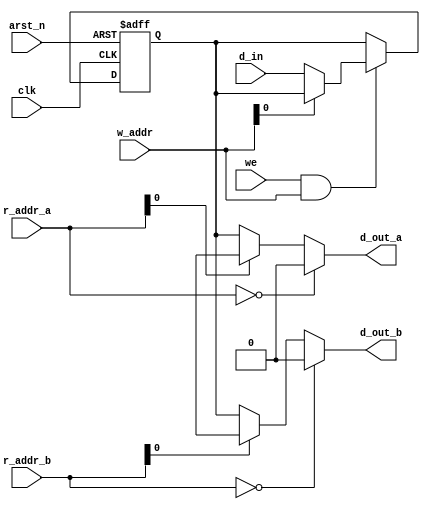
`timescale 1ns/1ps

module reg_file #(parameter REG_WIDTH = 1, NUM_OF_REGS = 1)(d_in, w_addr, clk, we, r_addr_a, d_out_a, r_addr_b, d_out_b, arst_n);

localparam ADDR_WIDTH = $clog2(REG_WIDTH);

input [REG_WIDTH-1:0] d_in;
input [ADDR_WIDTH-1:0] w_addr;
input [ADDR_WIDTH-1:0] r_addr_a;
input [ADDR_WIDTH-1:0] r_addr_b;
input clk, we, arst_n;

output [REG_WIDTH-1:0] d_out_a;
output [REG_WIDTH-1:0] d_out_b;

reg [REG_WIDTH-1:0] regs [NUM_OF_REGS-1:0];

integer i;

assign d_out_a = r_addr_a == 0 ? 0 : regs[r_addr_a];
assign d_out_b = r_addr_b == 0 ? 0 : regs[r_addr_b];

always @(negedge clk or negedge arst_n) begin
	if(!arst_n) begin
		for(i = 0; i < NUM_OF_REGS; i = i + 1)
			regs[i] <= 32'b0;
	end
	else if(we && w_addr) regs[w_addr] <= d_in;
end
endmodule